Indian Civil Veterinary Department memoirs
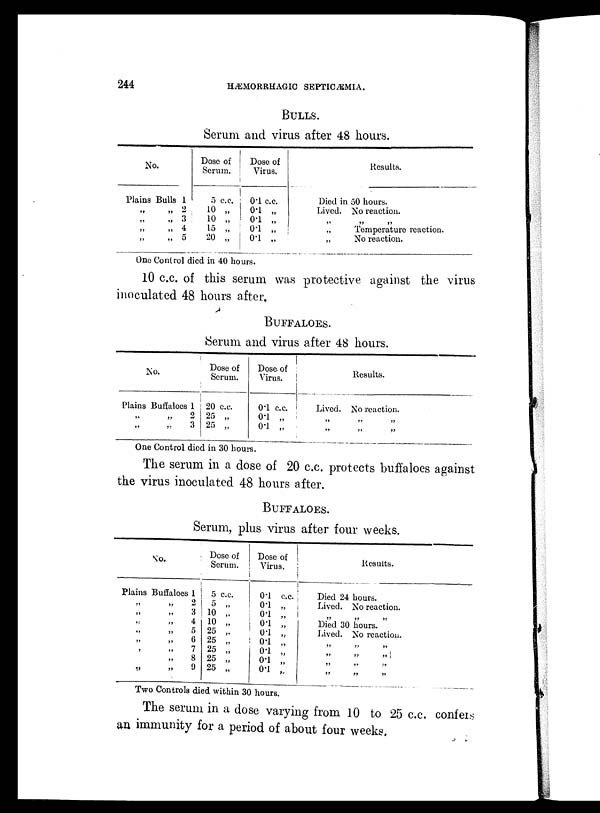
244
HÆMORRHAGIC SEPTICÆMIA.
BULLS.
Serum and virus after 48 hours.
No.
Plains Bulls 1
„ „2
„ „ 3
„ „4
„ „5
Dose of
Serum.
5 c.c.
10 „
10 „
15 „
20 „
Dose of
Virus.
0.1 c.c.
0.1 „
0.1 „
0.1 „
0.1 „
Results.
Died in 50 hours.
Lived. No reaction.
„ „ „
„
Temperature reaction.
„
No reaction.
One Control died in 40 hours.
10 c.c. of this serum was protective against the virus
inoculated 48 hours after.
BUFFALOES.
Serum and virus after 48 hours.
No.
Plains Buffaloes 1
2
3
Dose of
Serum.
20 c.c.
25 „
25 „
Dose of
Virus.
0.1 c.c.
0.1 „
0.1 „
Lived.
„
„
Results.
No reaction.
„ „
One Control died in 30 hours.
The serum in a dose of 20 c.c. protects buffaloes against
the virus inoculated 48 hours after.
BUFFALOES.
Serum, plus virus after four weeks.
No.
Plains Buffaloes 1
2
3
4
5
6
7
8
9
Dose of
Serum.
5 c.c.
5 „
10 „
10 „
25 „
25 „
25 „
25 „
25 „
Dose of
Virus.
0.1 c.c.
0.1 „
0.1 „
0.1 „
0.1 „
0.1 „
0.1 „
0.1 „
0.1 „
Results.
Died 24 hours.
Lived. No reaction.
„ „ „
Died 30 hours.
Lived. No reaction.
„ „ „
„ „ „
„ „ „
„ „ „
Two Controls died within 30 hours.
The serum in a dose varying from 10 to 25 c.c. confers
an immunity for a period of about four weeks,